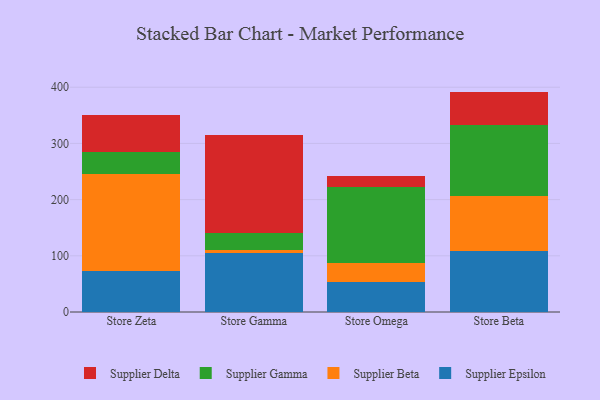
{"axis": {"x": "Store", "y": "Page Views"}, "legend": ["Supplier Beta", "Supplier Delta", "Supplier Epsilon", "Supplier Gamma"], "data": [{"x": "Store Zeta", "y": 72.5, "type": "Supplier Epsilon"}, {"x": "Store Zeta", "y": 173.0, "type": "Supplier Beta"}, {"x": "Store Zeta", "y": 38.8, "type": "Supplier Gamma"}, {"x": "Store Zeta", "y": 66.9, "type": "Supplier Delta"}, {"x": "Store Gamma", "y": 104.4, "type": "Supplier Epsilon"}, {"x": "Store Gamma", "y": 6.8, "type": "Supplier Beta"}, {"x": "Store Gamma", "y": 29.9, "type": "Supplier Gamma"}, {"x": "Store Gamma", "y": 174.4, "type": "Supplier Delta"}, {"x": "Store Omega", "y": 53.0, "type": "Supplier Epsilon"}, {"x": "Store Omega", "y": 35.0, "type": "Supplier Beta"}, {"x": "Store Omega", "y": 134.6, "type": "Supplier Gamma"}, {"x": "Store Omega", "y": 19.0, "type": "Supplier Delta"}, {"x": "Store Beta", "y": 109.3, "type": "Supplier Epsilon"}, {"x": "Store Beta", "y": 97.5, "type": "Supplier Beta"}, {"x": "Store Beta", "y": 126.5, "type": "Supplier Gamma"}, {"x": "Store Beta", "y": 58.9, "type": "Supplier Delta"}]}